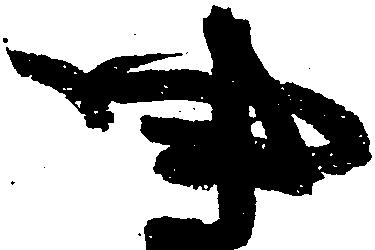
中